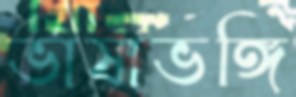
ভাষাভঙ্গি